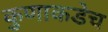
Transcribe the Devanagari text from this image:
कुणाकडेच